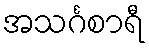
အသင်္ဂစာရီ